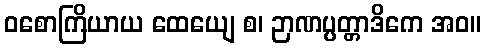
ဝစောကြိယာယ ထေယျေ စ၊ ဉာဏပ္ပတ္တာဒိကေ အဝ။